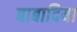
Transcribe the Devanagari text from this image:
बाबादिया